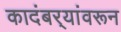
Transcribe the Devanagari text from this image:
कादंबर्‍यांवरून